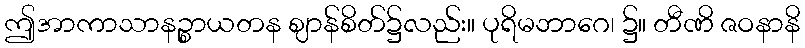
ဤအာကာသာနဉ္စာယတန ဈာန်စိတ်၌လည်း။ ပုရိမဘာဂေ၊ ၌။ တီဏိ ဇဝနာနိ